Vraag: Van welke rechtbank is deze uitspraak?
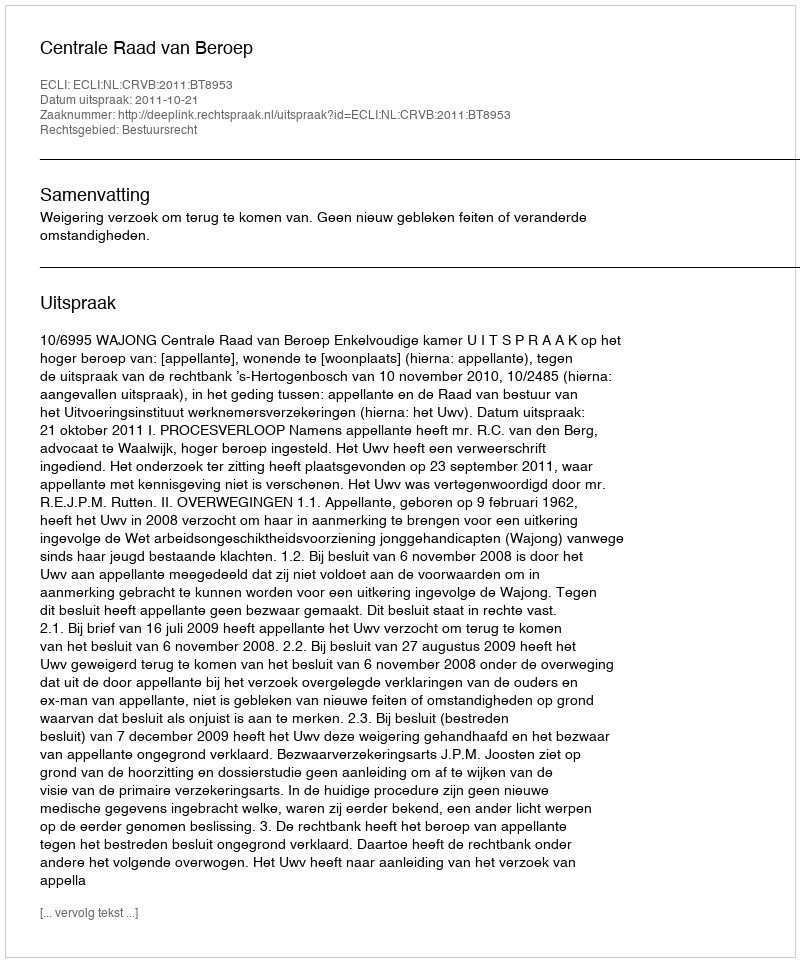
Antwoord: Centrale Raad van Beroep